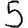
Digit: 5